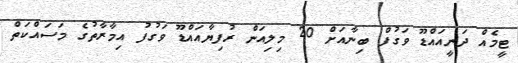
ޓީމެއް ދަނީއައްޑޫ ވަގުފް ބިނާއަށް 20 މިލިއަން ރުފިޔާއައްޑޫ ވަގުފު އިމާރާތުގެ މަސައްކަތް